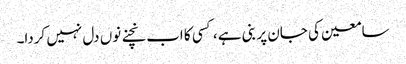
سامعین کی جان پر بنی ہے ، کسی کا اب نچنے نوں دل نہیں کردا۔